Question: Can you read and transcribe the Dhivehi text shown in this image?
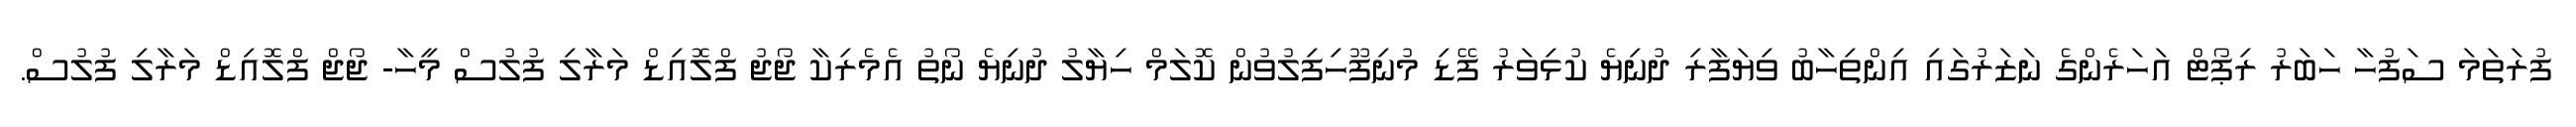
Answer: ފުރަތަމަ ސަފުހާ ހަބަރު ރިޕޯޓް އަހަރެންގެ ނަޒަރުގައި އިންތިހާބު ވިޔަފާރި ދުނިޔެ ކުޅިވަރު ފޭޑި މުނިފޫހިފިލުވުން ކޮލަމް ހިޔާލު ދުނިޔެ ނޯތު އެމެރިކާ ޖޯޖު ފްލޮއިޑް މަރާލި ފުލުސް މީހާ- ޖޯޖް ފްލޮއިޑް މަރާލި ފުލުސް.